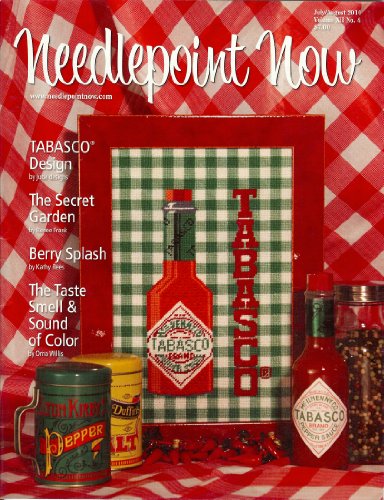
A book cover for Needlepoint Now Magazine (Tabasco Design, XII No. 4); Crafts, Hobbies & Home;